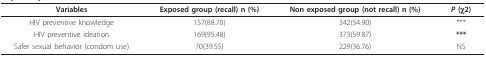
| Variables | Exposed group (recall) n (%) | Non exposed group (not recall) n (%) | P (χ2) |
 | --- | --- | --- | --- |
 | HIV preventive knowledge | 157(88.70) | 342(54.90) | *** |
 | HIV preventive ideation | 169(95.48) | 373(59.87) | *** |
 | Safer sexual behavior (condom use) | 70(39.55) | 229(36.76) | NS |